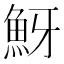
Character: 𩶀